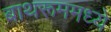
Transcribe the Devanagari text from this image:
बाथरूममध्ये